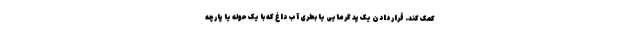
کمک کند. قرار دادن یک پد گرمایی یا بطری آب داغ که با یک حوله یا پارچه